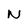
Character: N